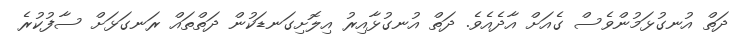
ދަތް އުނގުޅަމުންވެސް ގެއަށް އާދެއެވެ. ދަތް އުނގުޅާއިރު އިލޮށިގަނޑަކުން ދަތްތައް ރަނގަޅަށް ސާފުކުރެ